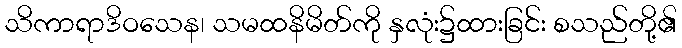
သိကာရာဒိဝသေန၊ သမထနိမိတ်ကို နှလုံး၌ထားခြင်း စသည်တို့၏